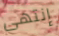
إنتهى